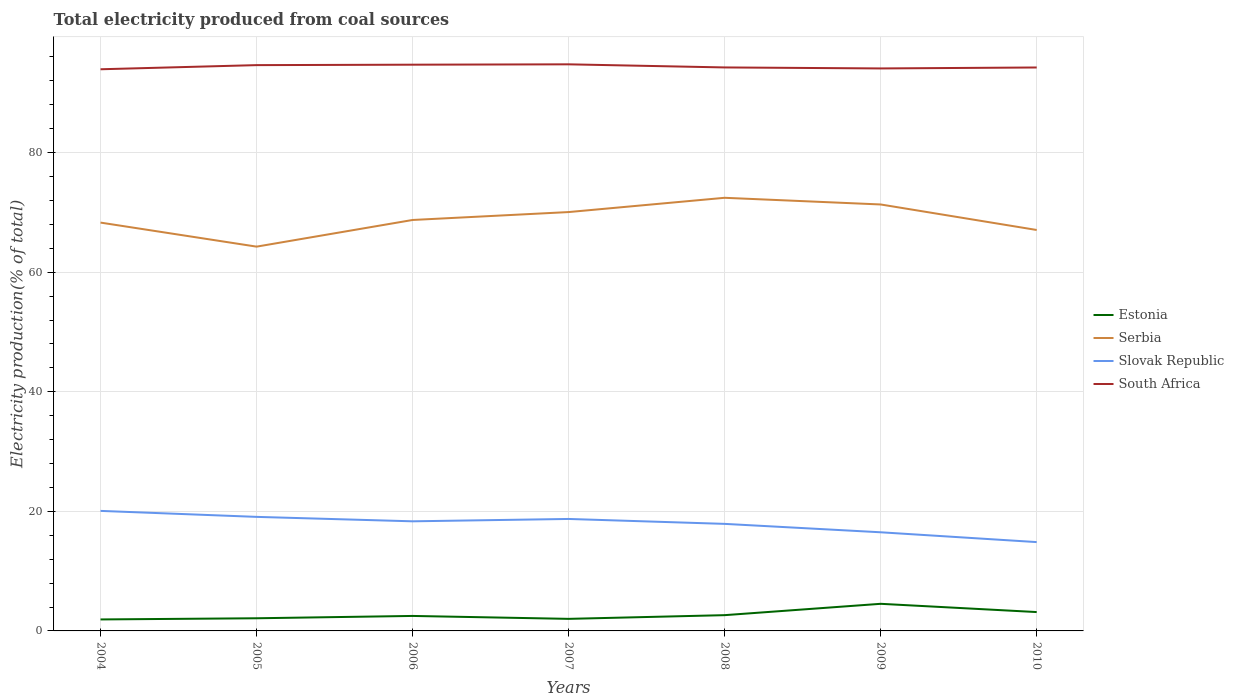
| Years | Estonia | Serbia | Slovak Republic | South Africa |
 | --- | --- | --- | --- | --- |
 | 2004 | 1.92 | 68.3 | 20.1 | 93.9 |
 | 2005 | 2.12 | 64.3 | 19.1 | 94.6 |
 | 2006 | 2.51 | 68.7 | 18.3 | 94.7 |
 | 2007 | 2.02 | 70.1 | 18.7 | 94.8 |
 | 2008 | 2.64 | 72.4 | 17.9 | 94.2 |
 | 2009 | 4.53 | 71.3 | 16.5 | 94.1 |
 | 2010 | 3.15 | 67.1 | 14.9 | 94.2 |